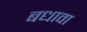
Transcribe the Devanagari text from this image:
बधावा